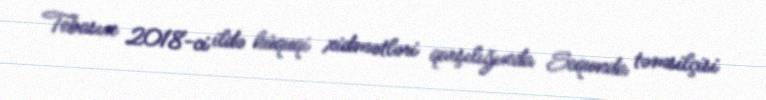
Tebasın 2018-ci ildə hüquqi xidmətləri qarşılığında Sequnda təmsilçisi